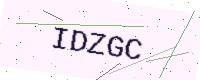
Text: IDZGC